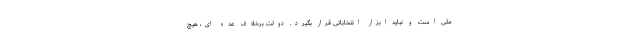
ملی است و نباید ابزار انتخاباتی قرار بگیرد. دولت برخلاف عده ای، هیچ